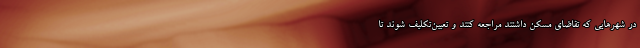
در شهرهایی که تقاضای مسکن داشتند مراجعه کنند و تعیین‌تکلیف شوند تا